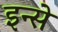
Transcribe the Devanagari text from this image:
इन्से